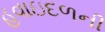
હવાઇદળની